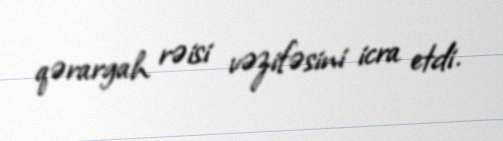
qərargah rəisi vəzifəsini icra etdi.